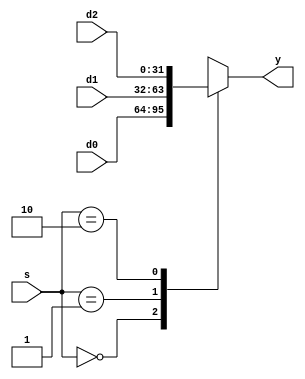
module mux3_32(
input     [31:0] d0, d1, d2,
input      [1:0] s, 
output reg[31:0] y);

  always @(*) begin
    case(s)
    2'b00: #10 y = d0;
    2'b01: #10 y = d1;
    2'b10: #10 y = d2;
    default: #10 y = 32'hx;
    endcase
  end
endmodule